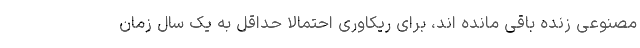
مصنوعی زنده باقی مانده اند، برای ریکاوری احتمالا حداقل به یک سال زمان